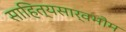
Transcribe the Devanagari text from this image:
साहित्यसार्वभौम